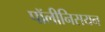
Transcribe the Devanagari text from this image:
पॉलीनिसयन